Indian journal of veterinary science and animal husbandry - Volume 5,
Year: 1935
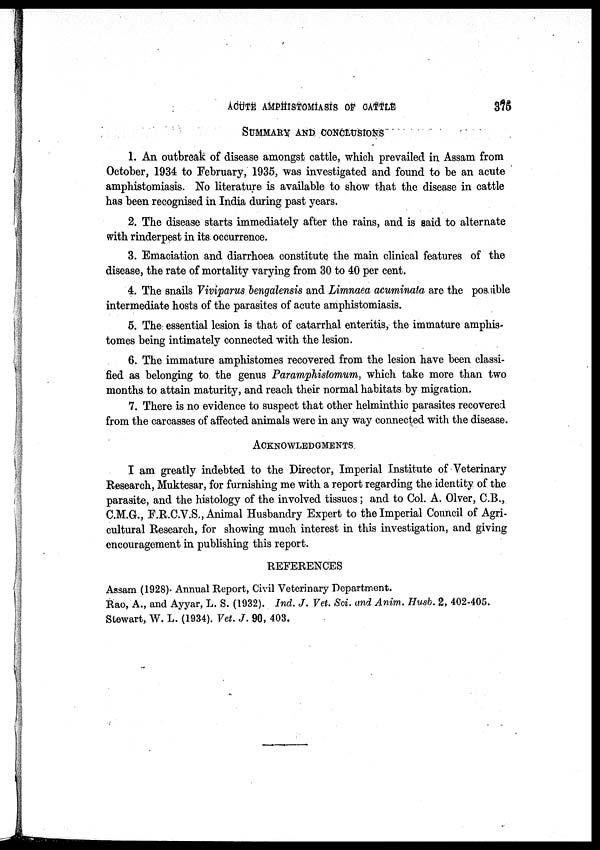
ACUTE
AMPHISTOMIASIS
OF
CATTLE
375
SUMMARY AND CONCLUSIONS
1. An outbreak of disease amongst cattle, which prevailed in Assam from
October, 1934 to February, 1935, was investigated and found to be an acute
amphistomiasis. No literature is available to show that the disease in cattle
has been recognised in India during past years.
2. The disease starts immediately after the rains, and is said to alternate
with rinderpest in its occurrence.
3. Emaciation and diarrhoea constitute the main clinical features of the
disease, the rate of mortality varying from 30 to 40 per cent.
4. The snails Viviparus bengalensis and Limnaea acuminata are the possible
intermediate hosts of the parasites of acute amphistomiasis.
5. The essential lesion is that of catarrhal enteritis, the immature amphis¬
tomes being intimately connected with the lesion.
6. The immature amphistomes recovered from the lesion have been classi-
fied as belonging to the genus Paramphistomum, which take more than two
months to attain maturity, and reach their normal habitats by migration.
7. There is no evidence to suspect that other helminthic parasites recovered
from the carcasses of affected animals were in any way connected with the disease.
ACKNOWLEDGMENTS
I am greatly indebted to the Director, Imperial Institute of Veterinary
Research, Muktesar, for furnishing me with a report regarding the identity of the
parasite, and the histology of the involved tissues ; and to Col. A. Olver, C.B.,
C.M.G., F.R.C.V.S., Animal Husbandry Expert to the Imperial Council of Agri-
cultural Research, for showing much interest in this investigation, and giving
encouragement in publishing this report.
REFERENCES
Assam (1928). Annual Report, Civil Veterinary Department.
Rao, A., and Ayyar, L. S. (1932). Ind. J. Vet. Sci. and Anim. Husb. 2, 402-405.
Stewart, W. L. (1934). Vet. J. 90, 403.